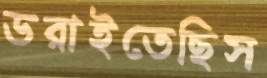
ডরাইতেছিস